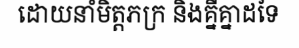
ដោយនាំមិត្តភក្រ និងគ្នីគ្នាដទៃ